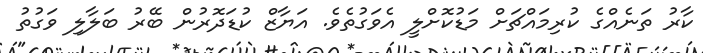
ކާރު ތަނެއްގެ ކުރިމައްޗަށް މަޑުކޮށްލީ އެވަގުތެވެ. އަޔާޒް ކުޑަދޮރުން ބޭރު ބަލާލި ވަގުތު